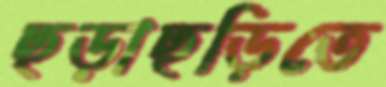
ছড়াছড়িতে